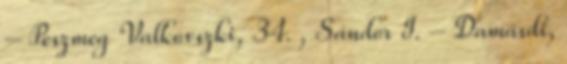
– Peszmeg Valkovszki, 34. , Sándor I. – Damásdi,